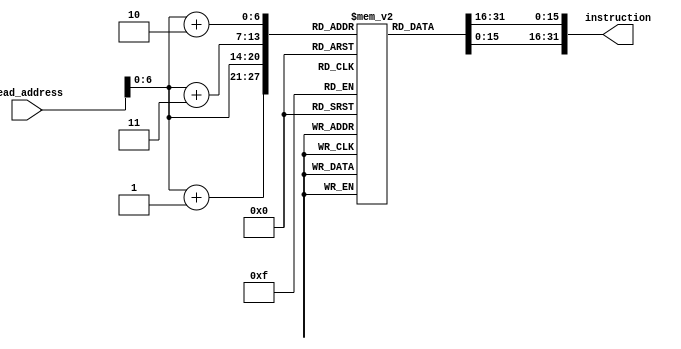
module instruction_memory(read_address, instruction);
	parameter delay = 50;
	
	input [63:0]read_address;
	output [31:0]instruction;
	reg [7:0]memory[0:127];
	assign #delay instruction = {
	   memory[read_address + 3],
	   memory[read_address + 2],
	   memory[read_address + 1],
	   memory[read_address]
	};
	initial begin
		memory[0] <= 8'hE5;
		memory[1] <= 8'h03;
		memory[2] <= 8'h1F;
		memory[3] <= 8'h8B;
		
		memory[4] <= 8'hA4;
		memory[5] <= 8'h00;
		memory[6] <= 8'h40;
		memory[7] <= 8'hF8;
		
		memory[8] <= 8'h86;
		memory[9] <= 8'h00;
		memory[10] <= 8'h04;
		memory[11] <= 8'h8B;
		
		memory[12] <= 8'hA6;
		memory[13] <= 8'h10;
		memory[14] <= 8'h00;
		memory[15] <= 8'hF8;
	end
endmodule